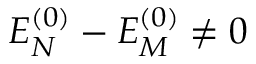
E _ { N } ^ { ( 0 ) } - E _ { M } ^ { ( 0 ) } \neq 0